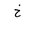
Letter: _kha